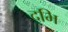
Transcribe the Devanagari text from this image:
दभि